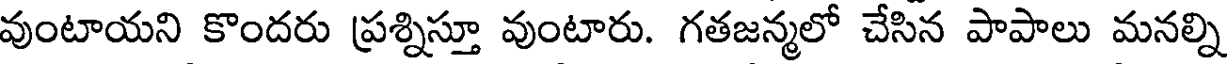
వుంటాయని కొందరు ప్రశ్నిస్తూ వుంటారు. గతజన్మలో చేసిన పాపాలు మనల్ని